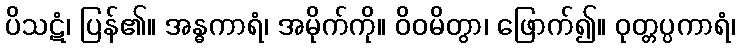
ပိသဋံ၊ ပြန်၏။ အန္ဓကာရံ၊ အမိုက်ကို။ ဝိဝမိတွာ၊ ဖြောက်၍။ ဝုတ္တပ္ပကာရံ၊